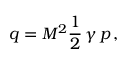
q = M ^ { 2 } { \frac { 1 } { 2 } } \, \gamma \, p \, ,